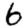
Digit: 6